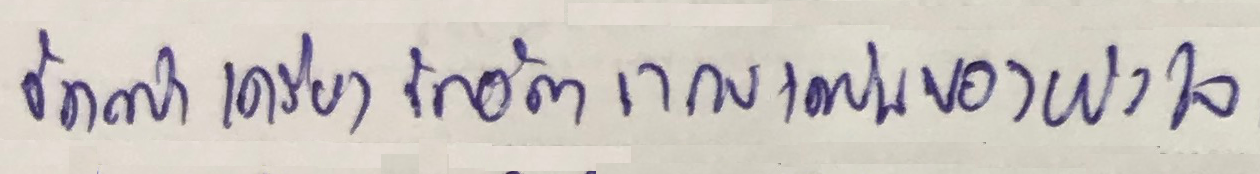
จัดทำเครื่องวัดอัตราการเต้นของหัวใจ